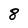
Character: 8